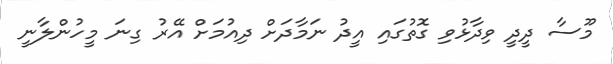
މޫސާ ދީދީ ވިދާޅުވި ގޮތުގައި އީދު ނަމާދަށް ދިއުމަށް އޭރު ގިނަ މީހުންލާނީ